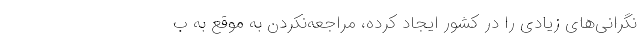
نگرانی‌های زیادی را در کشور ایجاد کرده، مراجعه‌نکردن به موقع به ب